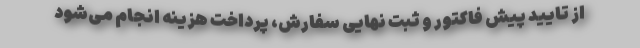
از تایید پیش فاکتور و ثبت نهایی سفارش، پرداخت هزینه انجام می­‌شود